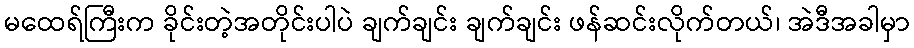
မထေရ်ကြီးက ခိုင်းတဲ့အတိုင်းပါပဲ ချက်ချင်း ချက်ချင်း ဖန်ဆင်းလိုက်တယ်၊ အဲဒီအခါမှာ